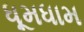
ધૂમધામ